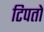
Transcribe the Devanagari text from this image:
टिपतो